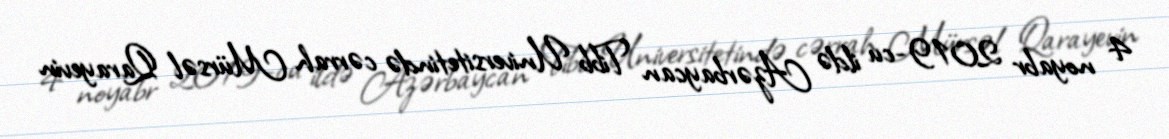
4 noyabr 2019-cu ildə Azərbaycan Tibb Universitetində cərrah Mürsəl Qarayevin